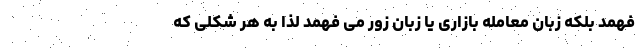
فهمد بلکه زبان معامله بازاری یا زبان زور می فهمد لذا به هر شکلی که